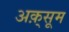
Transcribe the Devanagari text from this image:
अक़्सूम